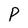
Character: P